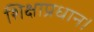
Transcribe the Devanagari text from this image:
शिक्षाप्रधान।